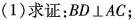
(1)求证：$$BD\perp AC$$；